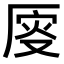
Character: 𠩹